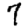
Digit: 7